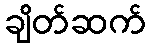
ချိတ်ဆက်